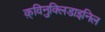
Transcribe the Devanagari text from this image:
क़्विनुक्लिडाइनिल